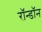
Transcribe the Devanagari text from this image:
रॉन्डॉन